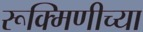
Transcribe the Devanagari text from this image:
रूक्मिणीच्या